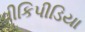
વીકિપીડિયા